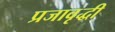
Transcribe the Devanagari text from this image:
प्रजावृद्धी